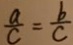
\frac { a } { c } = \frac { b } { c }